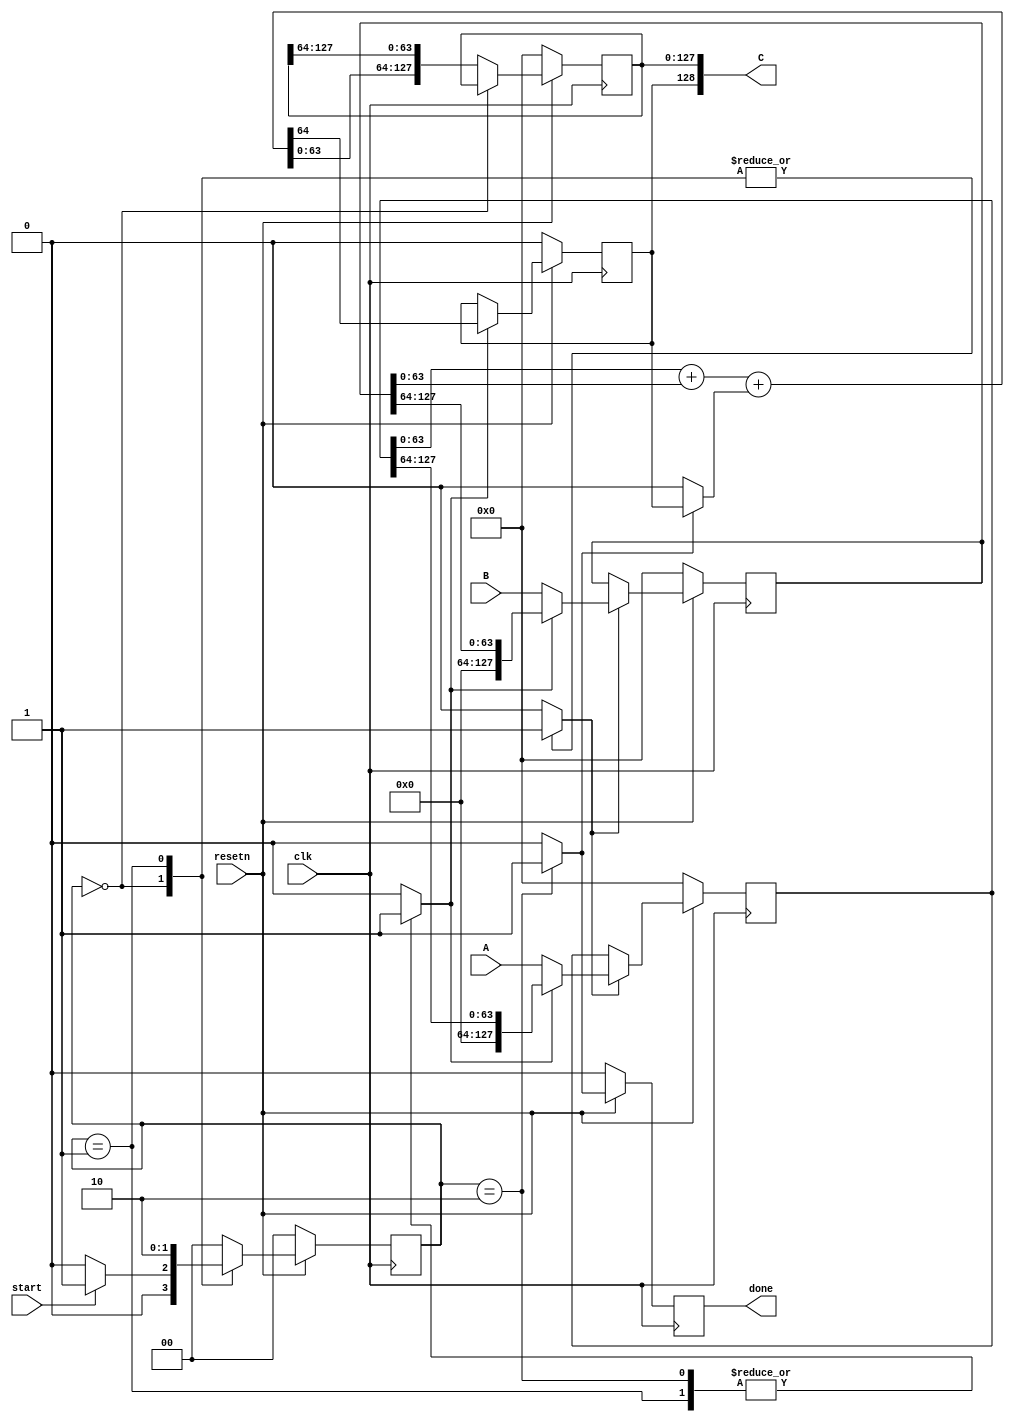
`timescale 1ns / 1ps

module warmup2_mpadder_answers(
    input  wire         clk,
    input  wire         resetn,
    input  wire         start,
    input  wire [127:0] A,
    input  wire [127:0] B,
    output wire [128:0] C,
    output wire         done);

    // Task 1
    // Describe a 128-bit register for A
    // It will save the input data when enable signal is high
    // (Implemented below already for you, be sure you understand it)

    reg          regA_en;
    wire [127:0] regA_D;
    reg  [127:0] regA_Q;
    always @(posedge clk)
    begin
        if(~resetn)         regA_Q <= 128'd0;
        else if (regA_en)   regA_Q <= regA_D;
    end

    // Task 2
    // Describe a 128-bit register for B

                reg          regB_en;
                wire [127:0] regB_D;
                reg  [127:0] regB_Q;
                always @(posedge clk)
                begin
                    if(~resetn)          regB_Q <= 128'd0;
                    else if (regB_en)   regB_Q <= regB_D;
                end

    // Task 3
    // Describe a 2-input 128-bit Multiplexer for A
    // It should select either of these two:
    //   - the input A
    //   - the output of regA shifted-right by 64
    // Also connect the output of Mux to regA's input
    // (Implemented below already for you, be sure you understand it)

    reg          muxA_sel;
    wire [127:0] muxA_Out;
    assign muxA_Out = (muxA_sel == 0) ? A : {64'b0,regA_Q[127:64]};

    assign regA_D = muxA_Out;

    // Task 4
    // Describe a 2-input 64-bit Multiplexer for B
    // !! Use always statement for combinatorial logic this

                reg          muxB_sel;
                reg  [127:0] muxB_Out;
                always@(*) begin
                    if (muxB_sel==1'b0) muxB_Out <= B;
                    else                muxB_Out <= {64'b0,regB_Q[127:64]};
                end

                assign regB_D = muxB_Out;

    // Task 5
    // Describe an adder
    // It should be a combinatorial logic:
    // Its inputs are two 64-bit operands and 1-bit carry-in
    // Its outputs are one 64-bit result  and 1-bit carry-out

    wire [63:0] operandA;
    wire [63:0] operandB;
    wire        carry_in;
    wire [63:0] result;
    wire        carry_out;

                assign {carry_out,result} = operandA + operandB + carry_in;

    // Task 6
    // Describe a 128-bit register for storing the result
    // The register should store adder's outputs at the msb 64-bits
    // and the shift the previous 64 msb bits to lsb.

                reg          regResult_en;
                reg  [127:0] regResult;
                always @(posedge clk)
                begin
                    if(~resetn)             regResult <= 128'b0;
                    else if (regResult_en)  regResult <= {result, regResult[127:64]};
                end

    // Task 7
    // Describe a 1-bit register for storing the carry-out

                reg  regCout_en;
                reg  regCout;
                always @(posedge clk)
                begin
                    if(~resetn)          regCout <= 1'b0;
                    else if (regCout_en) regCout <= carry_out;
                end

    // Task 8
    // Describe a 1-bit multiplexer for selecting carry-in
    // It should select either of these two:
    //   - 0
    //   - carry-out

                reg  muxCarryIn_sel;
                wire muxCarryIn;

                assign muxCarryIn = (muxCarryIn_sel == 0) ? 1'b0 : regCout;

    // Task 9
    // Connect the inputs of adder to the outputs of A and B registers
    // and to the carry mux

                assign operandA = regA_Q;
                assign operandB = regB_Q;
                assign carry_in = muxCarryIn;


    // Task 10
    // Describe output, concatenate the registers of carry_out and result

                assign C = {regCout, regResult};

    // Task 11
    // Describe state machine registers
    // (Implemented below already for you, be careful with their width.
    // Think about how many bits you will need.)

    reg [1:0] state, nextstate;

    always @(posedge clk)
    begin
        if(~resetn)	state <= 2'd0;
        else        state <= nextstate;
    end

    // Task 12
    // Define your states
    // Describe your signals at each state
    always @(*)
    begin
        case(state)

            // Idle state; Here the FSM waits for the start signal
            // Enable input registers to fetch the inputs A and B when start is received
            2'd0: begin
                regA_en        <= 1'b1;
                regB_en        <= 1'b1;
                regResult_en   <= 1'b0;
                regCout_en     <= 1'b0;
                muxA_sel       <= 1'b0;
                muxB_sel       <= 1'b0;
                muxCarryIn_sel <= 1'b0;
            end

            // Add low:
            // Disable input registers
            // Calculate the first addition
            2'd1: begin
                                regA_en        <= 1'b1;
                                regB_en        <= 1'b1;
                                regResult_en   <= 1'b1;
                                regCout_en     <= 1'b1;
                                muxA_sel       <= 1'b1;
                                muxB_sel       <= 1'b1;
                                muxCarryIn_sel <= 1'b0;
            end

            // Add-High state:
            // Calculate the second addition
            2'd2: begin
                                regA_en        <= 1'b0;
                                regB_en        <= 1'b0;
                                regResult_en   <= 1'b1;
                                regCout_en     <= 1'b1;
                                muxA_sel       <= 1'b1;
                                muxB_sel       <= 1'b1;
                                muxCarryIn_sel <= 1'b1;
            end

                                default: begin
                                    regA_en        <= 1'b0;
                                    regB_en        <= 1'b0;
                                    regResult_en   <= 1'b1;
                                    regCout_en     <= 1'b0;
                                    muxA_sel       <= 1'b0;
                                    muxB_sel       <= 1'b0;
                                    muxCarryIn_sel <= 1'b0;
                                end

        endcase
    end

    // Task 13
    // Describe next_state logic

    always @(*)
    begin
        case(state)
            2'd0: begin
                if(start)
                    nextstate <= 2'd1;
                else
                    nextstate <= 2'd0;
                end

                                2'd1   : nextstate <= 2'd2;
                                2'd2   : nextstate <= 2'd0;
                                default: nextstate <= 2'd0;
        endcase
    end

    // Task 14
    // Describe done signal
    // It should be high at the same clock cycle when the output ready

                reg regDone;
                always @(posedge clk)
                begin
                    if(~resetn) regDone <= 1'd0;
                    else        regDone <= (state==2'd2) ? 1'b1 : 1'b0;;
                end

                assign done = regDone;

endmodule